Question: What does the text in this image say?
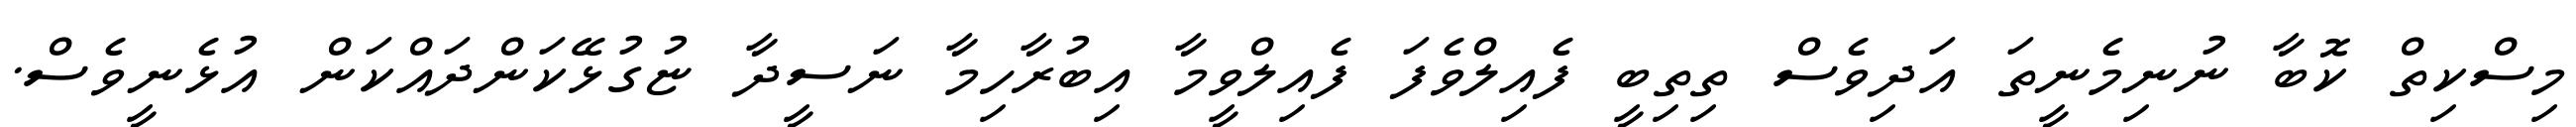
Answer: މިސްކިތް ކޮބާ ނުނިމެނީތަ އަދިވެސް ތިތިބީ ފެއިލްވެފަ ފެއިލްވީމާ އިބުރާހިމާ ނަސީދާ ޏުގުޅޭކަންދައްކަން އުޅެނީވެސް.